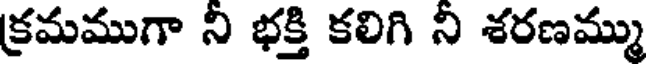
క్రమముగా ని భక్తి కలిగి ని శరణమ్ము